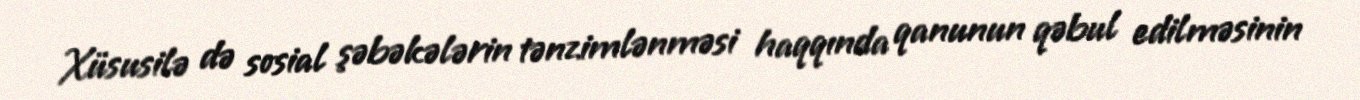
Xüsusilə də sosial şəbəkələrin tənzimlənməsi haqqında qanunun qəbul edilməsinin